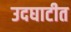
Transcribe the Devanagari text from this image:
उदघाटीत